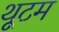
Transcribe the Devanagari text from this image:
थूटम